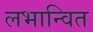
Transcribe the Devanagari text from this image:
लभान्वित